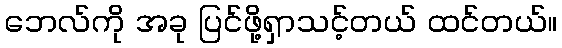
ဘေလ်ကို အခု ပြင်ဖို့ရှာသင့်တယ် ထင်တယ်။